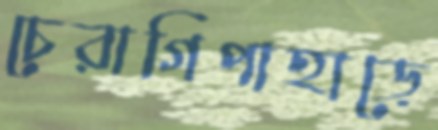
চেরাগিপাহাড়ে